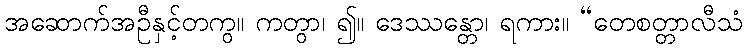
အဆောက်အဦနှင့်တကွ။ ကတွာ၊ ၍။ ဒေဿန္တော၊ ရကား။ “တေစတ္တာလီသံ